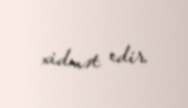
xidmət edir.